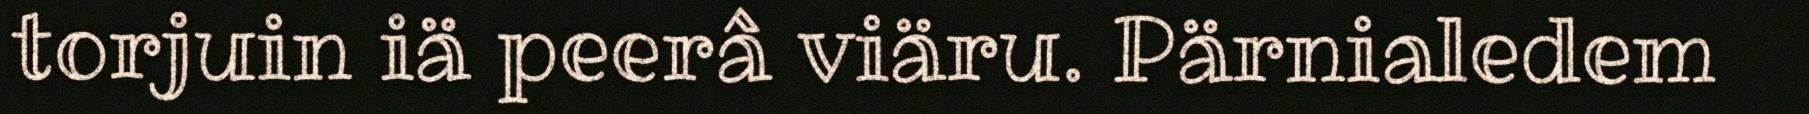
torjuin iä peerâ viäru. Pärnialedem